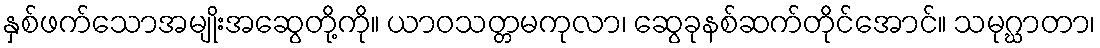
နှစ်ဖက်သောအမျိုးအဆွေတို့ကို။ ယာဝသတ္တမကုလာ၊ ဆွေခုနစ်ဆက်တိုင်အောင်။ သမုဂ္ဃာတာ၊